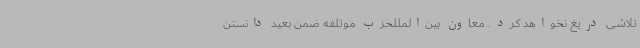
تلاشی دریغ نخواهد کرد . معاون بین‌المللحزب موتلفه ضمن بعید دانستن